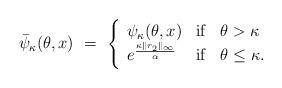
LaTeX: \begin{align*}\Bar{\psi}_{\kappa}(\theta, x) \ = \ \left\{\begin{array}{lll}\psi_{\kappa}(\theta, x) & {\rm if}& \theta > \kappa\\e^{\frac{\kappa \|r_2\|_{\infty}}{\alpha}} &{\rm if}& \theta \leq \kappa.\end{array}\right.\end{align*}